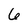
Character: 6